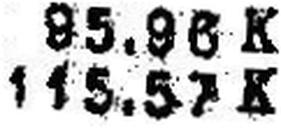
115.57 K